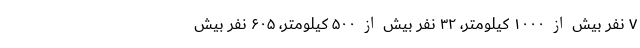
۷ نفر بیش از ۱۰۰۰ کیلومتر، ۳۲ نفر بیش از ۵۰۰ کیلومتر، ۶۰۵ نفر بیش